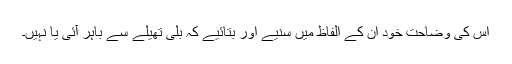
اس کی وضاحت خود ان کے الفاظ میں سنیے اور بتائیے کہ بلی تھیلے سے باہر آئی یا نہیں۔